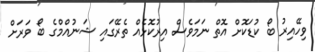
ވިހޭއިރު ބޯ ކުޑަކޮށް އޮތް ނަމަވެސް އިރުކޮޅެއް ތެރޭގައި ޝަނުއްމްގެ ބޯ ވަރަށް